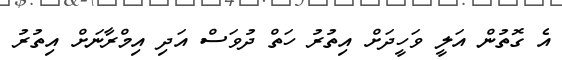
އެ ގޮތުން އަލީ ވަހީދަށް އިތުރު ހަތް ދުވަސް އަދި އިމްރާނަށް އިތުރު